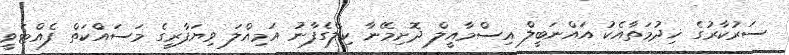
ސަރުކާރުގެ ޚިދުމަތާއެކު އައްނަބީލް އިސްމާއީލް ދޮށިމޭނާ ކިލެގެފާނު އަމިއްލަ ވިޔަފާރީގެ މަސައްކަތް ފެއްޓެވީ